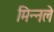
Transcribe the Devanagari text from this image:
मिन्नले